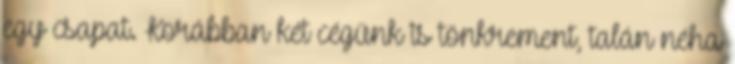
egy csapat. Korábban két cégünk is tönkrement, talán néha